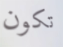
تكون